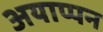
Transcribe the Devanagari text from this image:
अयाप्पन